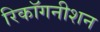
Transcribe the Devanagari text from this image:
रिकॉगनीशन